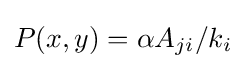
P(x,y)=\alpha A_{ji}/k_{i}